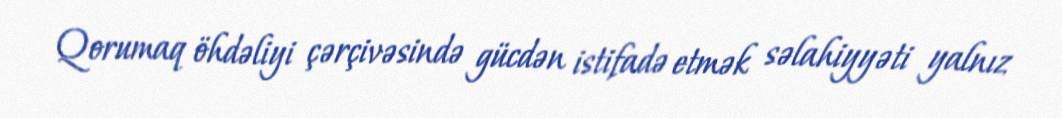
Qorumaq öhdəliyi çərçivəsində gücdən istifadə etmək səlahiyyəti yalnız